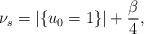
LaTeX: \begin{align*} \nu_s=|\{u_0=1\}|+\frac{\beta}{4},\end{align*}